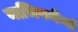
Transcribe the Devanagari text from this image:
नाभिपर्यन्तं